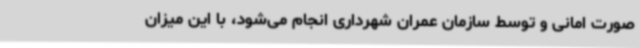
صورت امانی و توسط سازمان عمران شهرداری انجام می‌شود، با این میزان